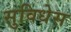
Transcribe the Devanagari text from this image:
सुविधेस